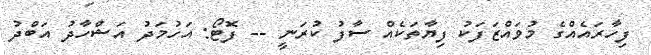
ފިހާރައެއްގެ މުވައްޒަފަކު ފިޔާތަކެއް ސާފު ކުރަނީ -- ފޮޓޯ: އަހުމަދު އަޝްހާދު އަބްދު